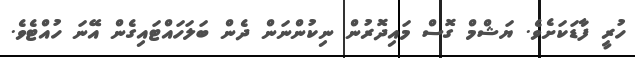
ހުރީ ފާޑަކަށެވެ. ޔަޝްމް ގޮސް މައިދޮރުން ނިކުންނަން ދެން ބަލަހައްޓައިގެން އޭނަ ހުއްޓެވެ.